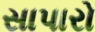
સાપારો